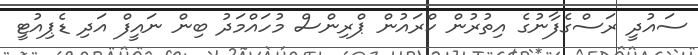
ސައުދީ ރަސްގެފާނުގެ އިތުރުން ކްރައުން ޕްރިންސް މުހައްމަދު ބިން ނައީފް އަދި ޑެޕިއުޓީ